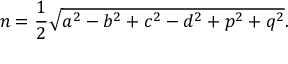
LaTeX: n = { \frac { 1 } { 2 } } { \sqrt { a ^ { 2 } - b ^ { 2 } + c ^ { 2 } - d ^ { 2 } + p ^ { 2 } + q ^ { 2 } } } .